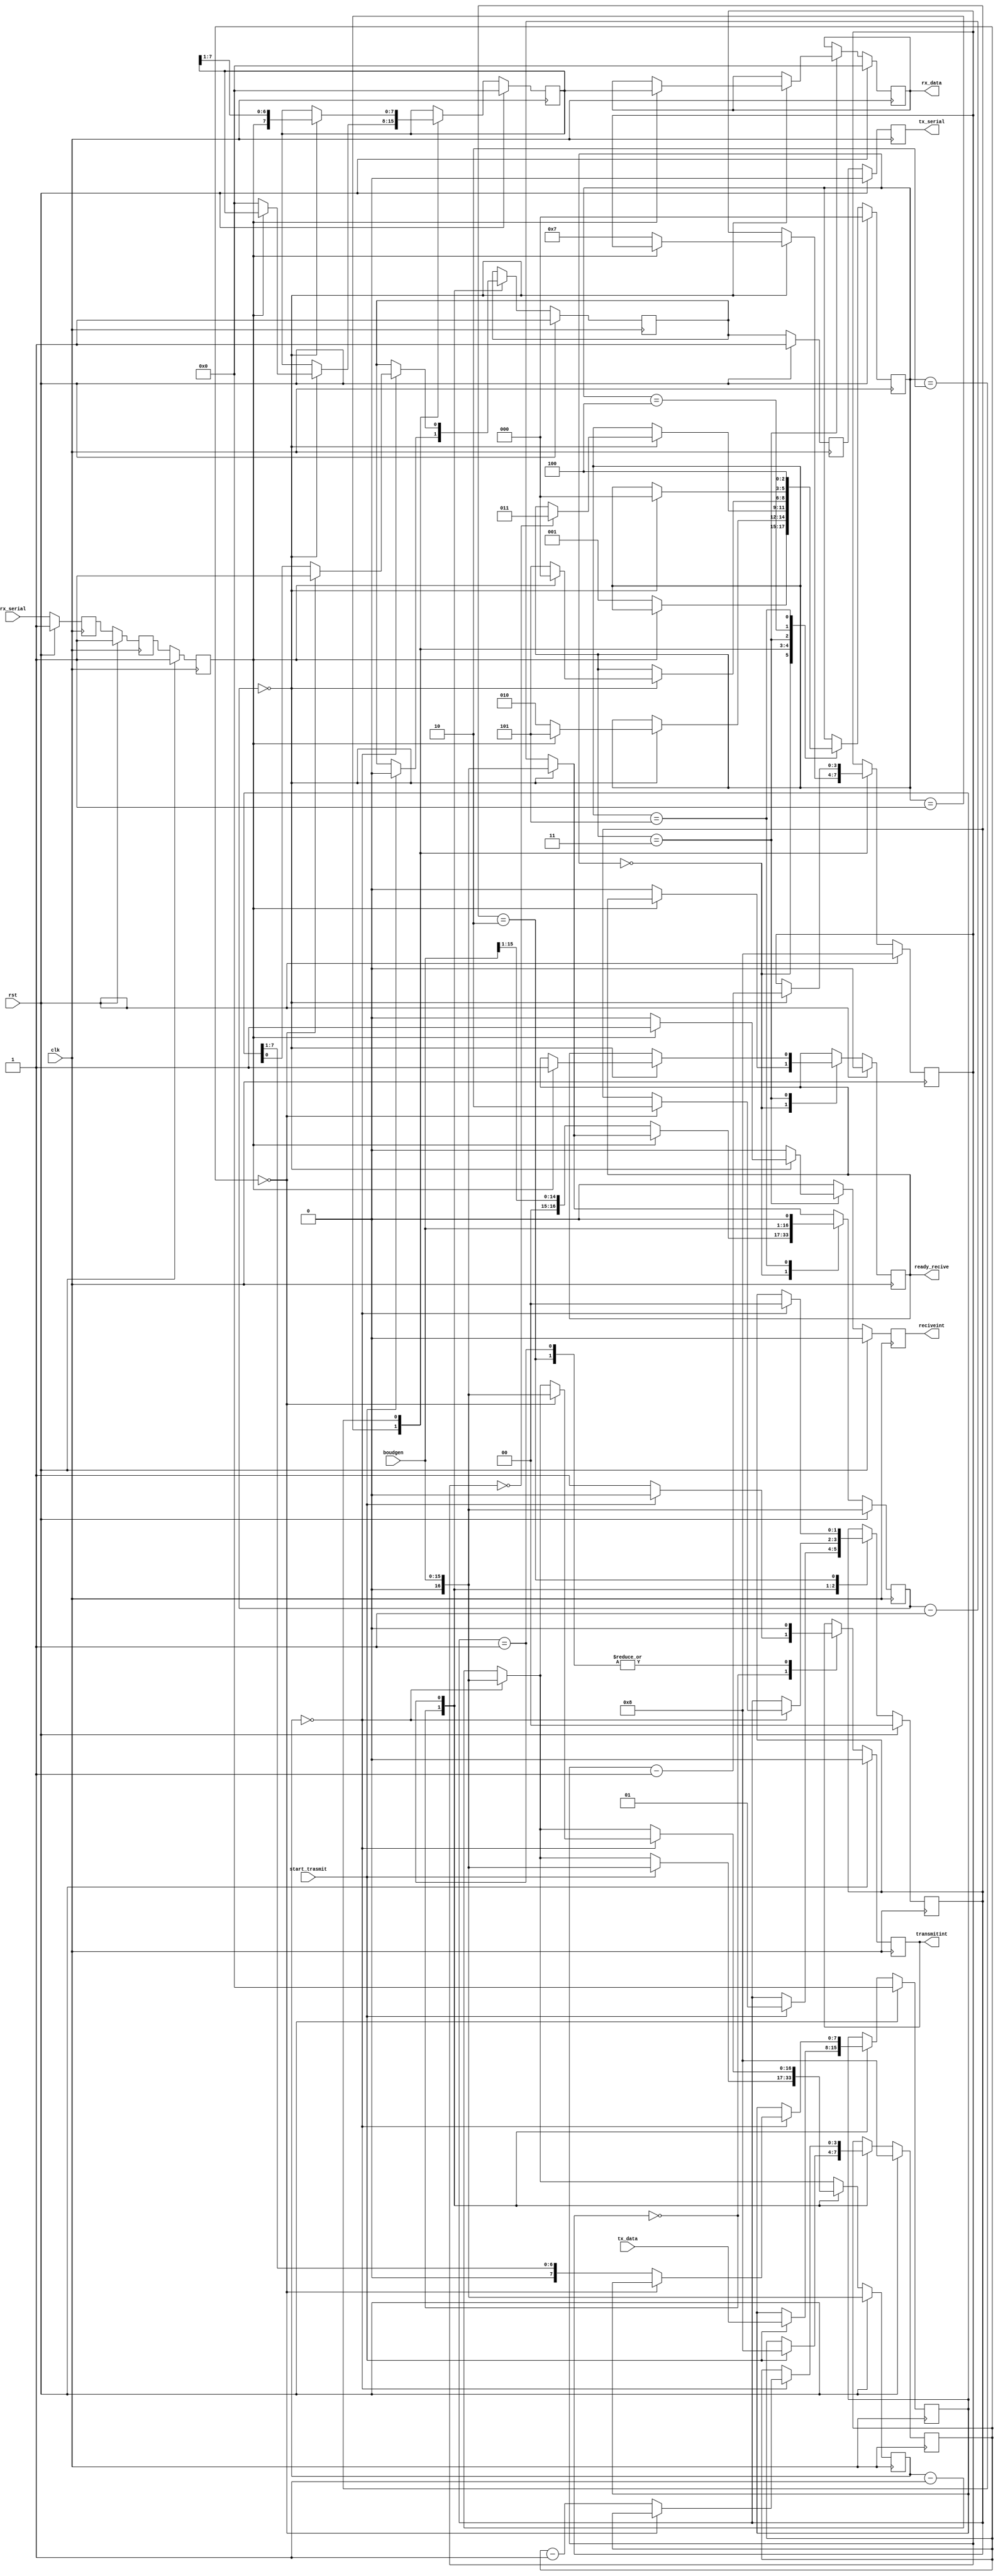
module debug_serial(
    input wire clk,
    input wire rst,
    input wire start_trasmit,
    output reg ready_recive,
    output reg reciveint,
    output reg transmitint,
    input wire[7:0] tx_data,
    output reg[7:0] rx_data,
    output reg tx_serial,
    input wire rx_serial,
    input wire[boudgen_size-1:0] boudgen
    );
    parameter boudgen_size = 16;
    
    reg[boudgen_size:0] rx_boud_gen;
    reg[boudgen_size:0] tx_boud_gen;
    reg[2:0] rx_state;
    reg[1:0] tx_state;
    reg[7:0] rx_internal_data;
    reg[7:0] tx_internal_data;
    reg[3:0] rx_bit_remain;
    reg[3:0] tx_bit_remain;
    reg rxfifo0;
    reg rxfifo1;
    reg rxfifo2;
    reg txfifo0;
    reg txfifo1;

    reg debug;

`define rx_idle 0
`define rx_start 1 
`define rx_read 2
`define rx_stop 3
`define rx_wait 4
`define rx_error 5

`define tx_idle 0
`define tx_sending 1
`define tx_stoping 2

    always @ (posedge clk)begin
        if(rst == 1)begin
            ready_recive <= 0;
            reciveint <= 0;
            transmitint <= 0;
            rx_data <= 0;
            tx_serial <= 0;
            rx_boud_gen <= boudgen;
            tx_boud_gen <= boudgen;
            rx_state <= `rx_idle;
            tx_state <= `tx_idle;
            rx_internal_data <= 0;
            tx_internal_data <= 0;
            rx_bit_remain <= 8;
            tx_bit_remain <= 8;
            rxfifo0 <= 1;
            rxfifo1 <= 1;
            rxfifo2 <= 1;
            txfifo0 <= 1;
            txfifo1 <= 1;            
        end
        else begin
            //boudgens            
            if(rx_boud_gen == 0)begin
                rx_boud_gen <= boudgen;
            end       
            else begin
                rx_boud_gen <= rx_boud_gen - 16'h0001;
            end     
            if(tx_boud_gen == 0)begin
                tx_boud_gen <= boudgen;
            end
            else begin
                tx_boud_gen <= tx_boud_gen - 16'h0001;
            end
            //boudgens end
            
            //rx state machine
            reciveint <= 0;
            case(rx_state)
                `rx_idle : begin
                    if(rxfifo2 == 0)begin
                        rx_boud_gen <= {1'b00,boudgen[boudgen_size-1:1]};
                        rx_state <= `rx_start;                        
                        ready_recive <= 0;
                    end
                end
                `rx_start : begin
                    if(rx_boud_gen == 0)begin
                        if(rxfifo2 == 0)begin
                            rx_bit_remain <= 7;
                            rx_state <= `rx_read;
                            rx_internal_data <= 0;
                        end
                        else begin
                            rx_state <= `rx_error;
                        end
                    end
                end
                `rx_read : begin
                    if(rx_boud_gen == 0)begin
                        rx_internal_data <= {rxfifo2, rx_internal_data[7:1]};
                        rx_bit_remain <= rx_bit_remain - 4'h1;
                        if(rx_bit_remain == 0)begin
                            rx_state <= `rx_stop;
                        end
                    end
                end
                `rx_stop : begin
                    if(rx_boud_gen == 0)begin
                        if(rxfifo2 == 1)begin
                            rx_state <= `rx_idle;
                            ready_recive <= 1;
                            rx_data <= rx_internal_data;
                            reciveint <= 1;
                        end
                        else begin
                            rx_state <= `rx_error;
                        end        
                    end
                end
                `rx_wait : begin
                    if(rx_boud_gen == 0)begin
                        rx_state <= `rx_idle;        
                    end
                end
                `rx_error : begin // if error wait 2 bit
                    rx_boud_gen <= {boudgen[boudgen_size-1:0],1'b0};
                    rx_state <= `rx_wait;
                end
            endcase   
            //rx state machine end

            //tx fifo
            case(tx_state)
                `tx_idle : begin
                    transmitint <= 1;
                    if(start_trasmit == 1)begin
                        tx_internal_data <= tx_data;//tx_data;
                        tx_boud_gen <= boudgen;
                        txfifo0 <= 0;
                        transmitint <= 0;
                        tx_bit_remain <= 8;
                        tx_state <= `tx_sending;
                    end
                end
                `tx_sending : begin
                    transmitint <= 0;
                    if(tx_boud_gen == 0)begin
                        if(tx_bit_remain == 0)begin
                            txfifo0 <= 1;
                            tx_boud_gen <= boudgen; // {boudgen[boudgen_size-2:0],1'b0}
                            tx_state <= `tx_stoping; 
                        end
                        else begin
                            tx_bit_remain <= tx_bit_remain - 4'h1;
                            txfifo0 <= tx_internal_data[0];
                            tx_internal_data <= {1'b0, tx_internal_data[7:1]};                 
                        end
                    end
                end
                `tx_stoping : begin
                    transmitint <= 0;
                    if(tx_boud_gen == 0) begin
                        tx_state <= `tx_idle;
                    end
                end
            endcase
            //tx fifo end

            // fifos for async network
            rxfifo2 <= rxfifo1;
            rxfifo1 <= rxfifo0;
            rxfifo0 <= rx_serial;
            tx_serial <= txfifo1;
            txfifo1 <= txfifo0;
        end
    end
    
endmodule